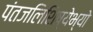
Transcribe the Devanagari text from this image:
पंतजलिशिष्येभ्यो